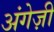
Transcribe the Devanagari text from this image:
अंगेज़ी